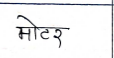
मजकूर: मोटर